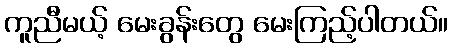
ကူညီမယ့် မေးခွန်းတွေ မေးကြည့်ပါတယ်။